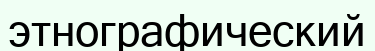
этнографический